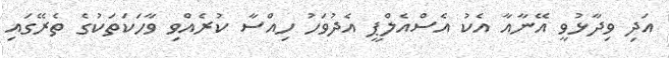
އަދި ވިދާޅުވީ އޭނާއާ އެކު އެސްއެލްޕީ އެދުވަހު ހިއްސާ ކުރެއްވި ވާހަކަތަކުގެ ތެރޭގައި